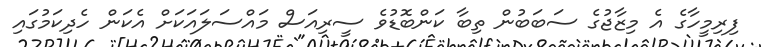
ފިރިމީހާގެ އެ މިޒާޖުގެ ސަބަބުން ތިބާ ކަންބޮޑުވެ ސީރިއަސް މައްސަލައަކަށް އެކަން ހެދިކަމުގައި